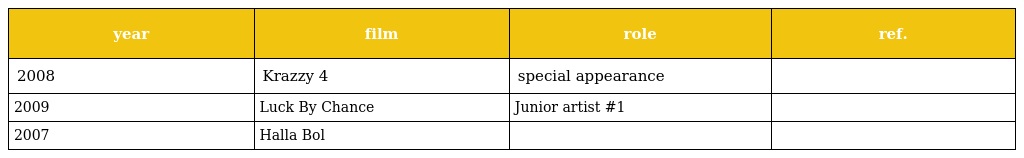
| year | film | role | ref. |
 | --- | --- | --- | --- |
 | 2008 | Krazzy 4 | special appearance |  |
 | 2009 | Luck By Chance | Junior artist #1 |  |
 | 2007 | Halla Bol |  |  |